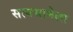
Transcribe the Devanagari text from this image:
सत्यभामेला